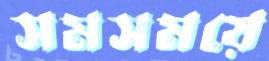
সমসময়ে